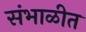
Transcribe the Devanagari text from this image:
संभाळीत